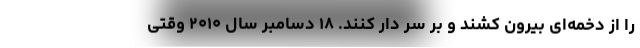
را از دخمه‌ای بیرون کشند و بر سر دار کنند. ۱۸ دسامبر سال ۲۰۱۰ وقتی